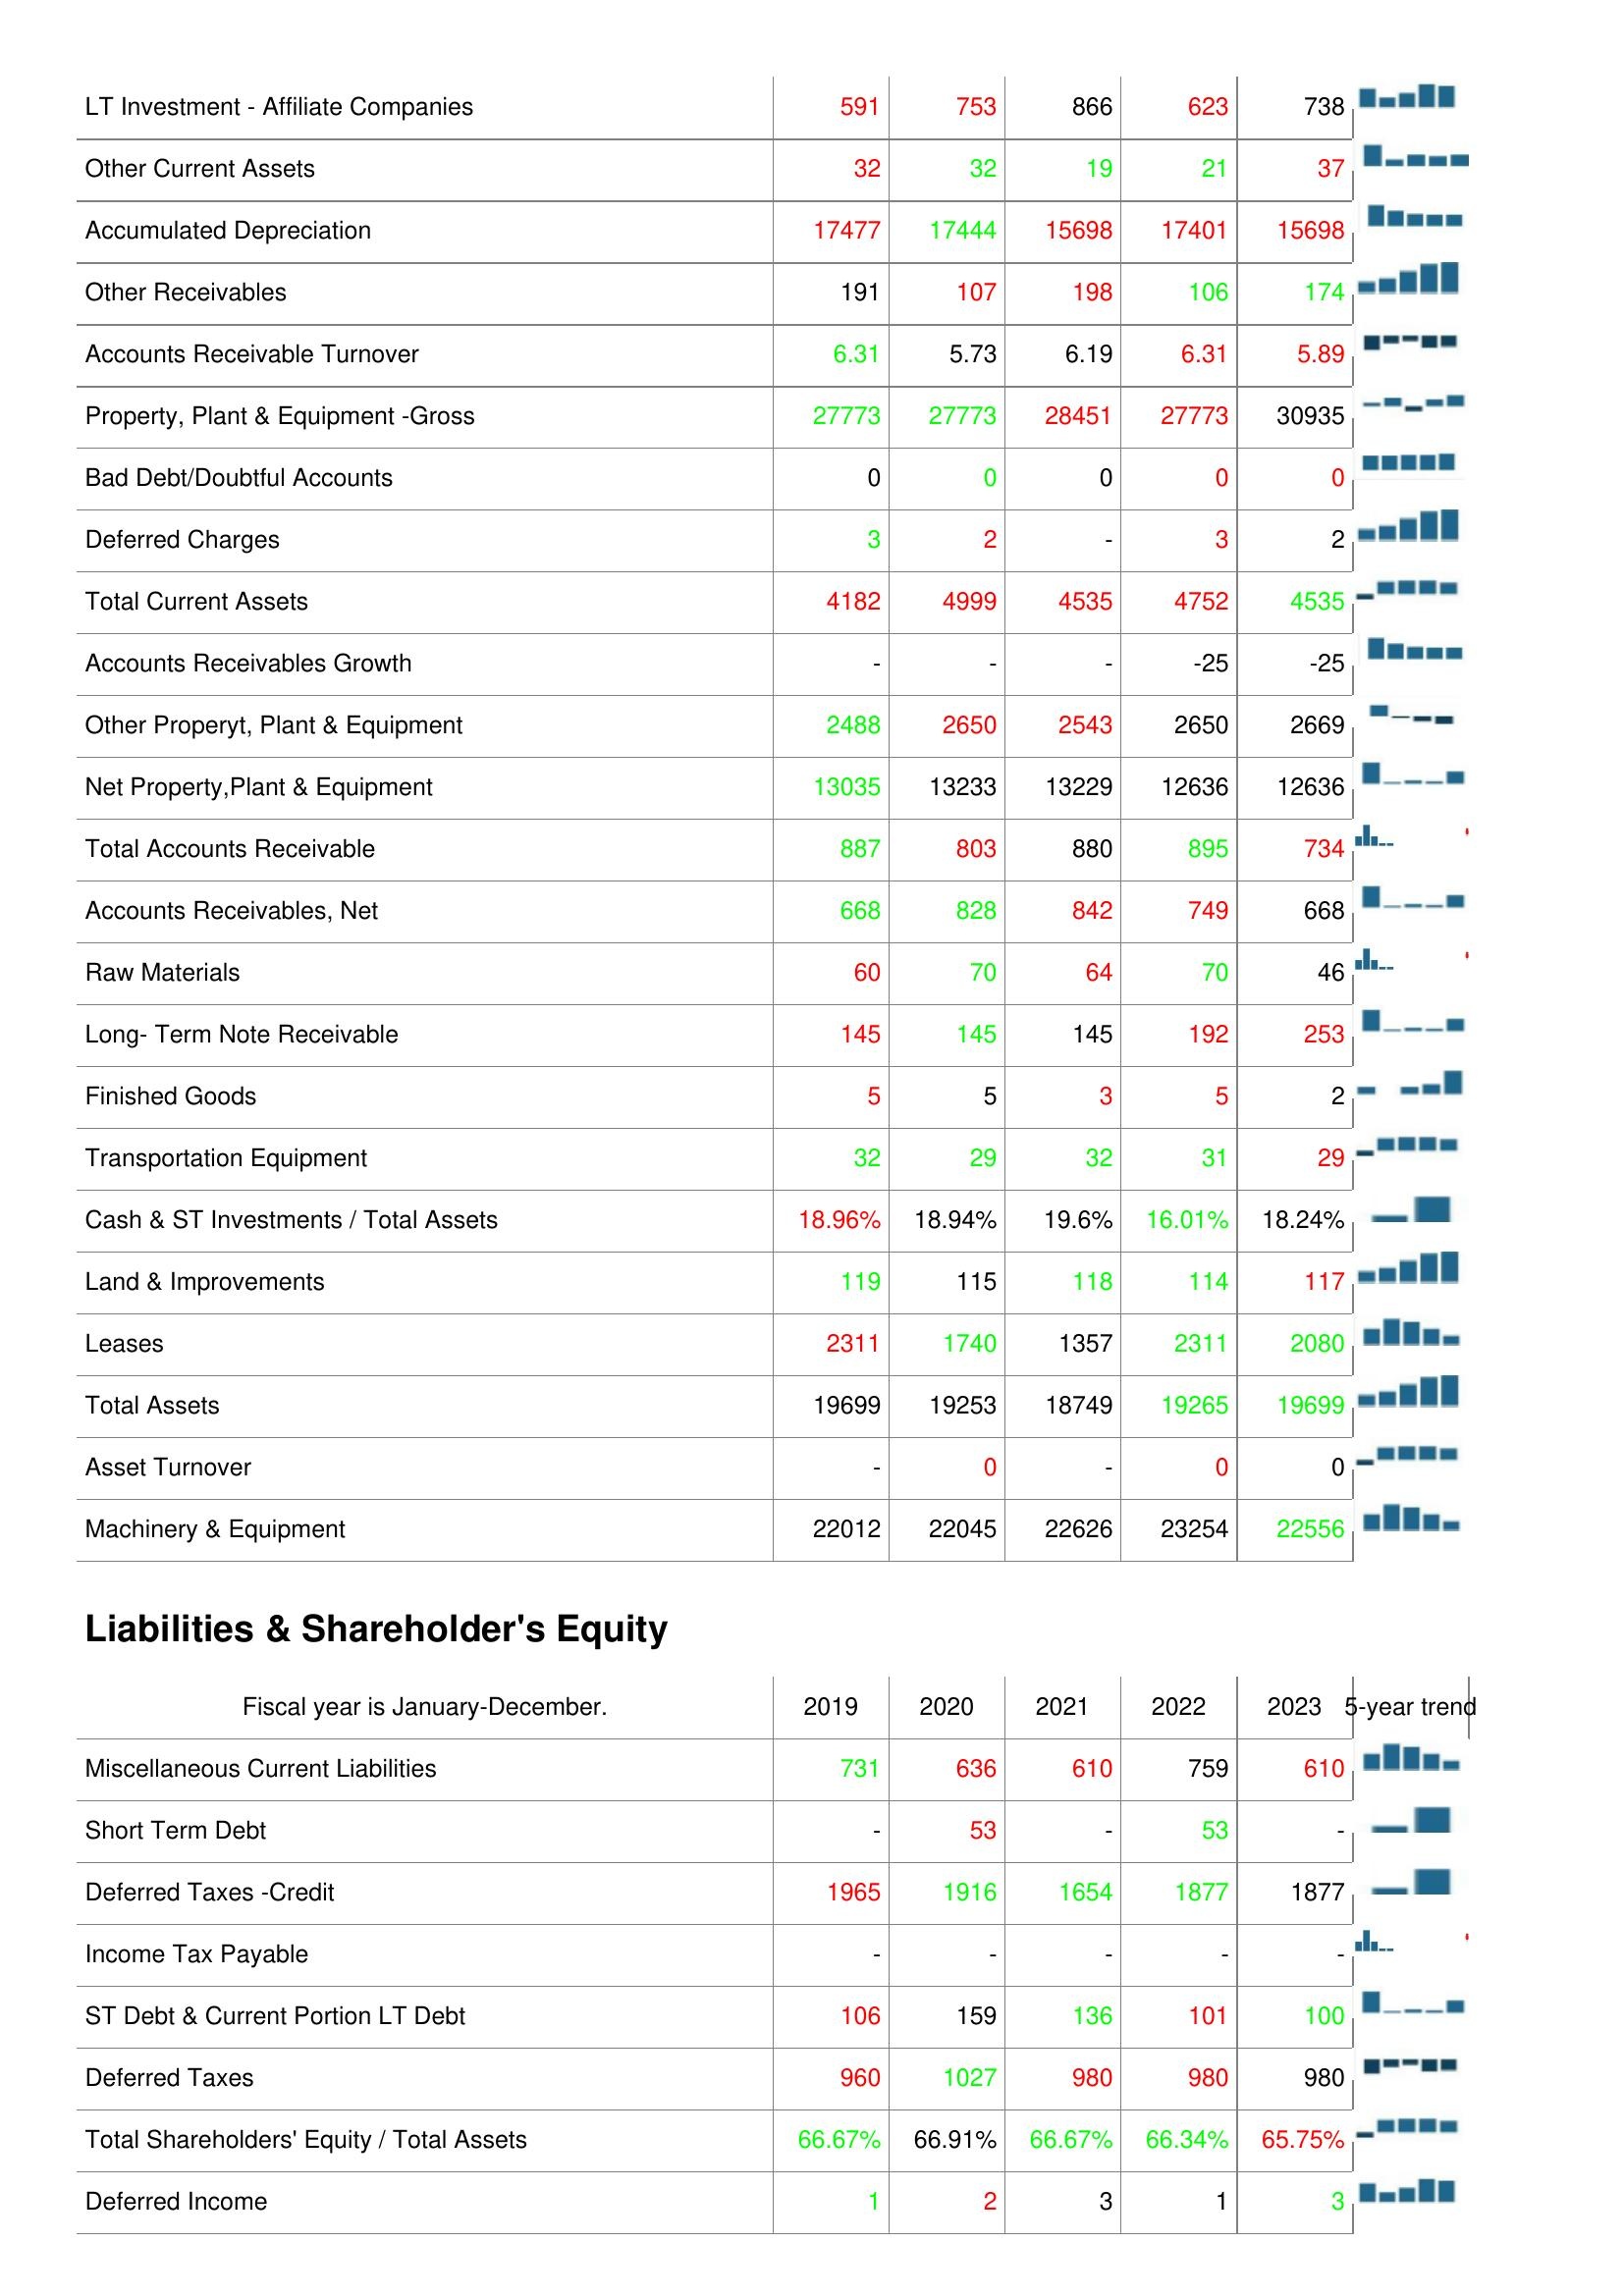
2019: Assets: LT Investment - Affiliate Companies: 591
Other Current Assets: 32
Accumulated Depreciation: 17477
Other Receivables: 191
Accounts Receivable Turnover: 6.31
Property, Plant & Equipment -Gross: 27773
Bad Debt/Doubtful Accounts: 0
Deferred Charges: 3
Total Current Assets: 4182
Accounts Receivables Growth: -
Other Properyt, Plant & Equipment: 2488
Net Property,Plant & Equipment: 13035
Total Accounts Receivable: 887
Accounts Receivables, Net: 668
Raw Materials: 60
Long- Term Note Receivable: 145
Finished Goods: 5
Transportation Equipment: 32
Cash & ST Investments / Total Assets: 18.96%
Land & Improvements: 119
Leases: 2311
Total Assets: 19699
Asset Turnover: -
Machinery & Equipment: 22012
Liabilities & Shareholder's Equity: Miscellaneous Current Liabilities: 731
Short Term Debt: -
Deferred Taxes -Credit: 1965
Income Tax Payable: -
ST Debt & Current Portion LT Debt: 106
Deferred Taxes: 960
Total Shareholders' Equity / Total Assets: 66.67%
Deferred Income: 1
2020: Assets: LT Investment - Affiliate Companies: 753
Other Current Assets: 32
Accumulated Depreciation: 17444
Other Receivables: 107
Accounts Receivable Turnover: 5.73
Property, Plant & Equipment -Gross: 27773
Bad Debt/Doubtful Accounts: 0
Deferred Charges: 2
Total Current Assets: 4999
Accounts Receivables Growth: -
Other Properyt, Plant & Equipment: 2650
Net Property,Plant & Equipment: 13233
Total Accounts Receivable: 803
Accounts Receivables, Net: 828
Raw Materials: 70
Long- Term Note Receivable: 145
Finished Goods: 5
Transportation Equipment: 29
Cash & ST Investments / Total Assets: 18.94%
Land & Improvements: 115
Leases: 1740
Total Assets: 19253
Asset Turnover: 0
Machinery & Equipment: 22045
Liabilities & Shareholder's Equity: Miscellaneous Current Liabilities: 636
Short Term Debt: 53
Deferred Taxes -Credit: 1916
Income Tax Payable: -
ST Debt & Current Portion LT Debt: 159
Deferred Taxes: 1027
Total Shareholders' Equity / Total Assets: 66.91%
Deferred Income: 2
2021: Assets: LT Investment - Affiliate Companies: 866
Other Current Assets: 19
Accumulated Depreciation: 15698
Other Receivables: 198
Accounts Receivable Turnover: 6.19
Property, Plant & Equipment -Gross: 28451
Bad Debt/Doubtful Accounts: 0
Deferred Charges: -
Total Current Assets: 4535
Accounts Receivables Growth: -
Other Properyt, Plant & Equipment: 2543
Net Property,Plant & Equipment: 13229
Total Accounts Receivable: 880
Accounts Receivables, Net: 842
Raw Materials: 64
Long- Term Note Receivable: 145
Finished Goods: 3
Transportation Equipment: 32
Cash & ST Investments / Total Assets: 19.6%
Land & Improvements: 118
Leases: 1357
Total Assets: 18749
Asset Turnover: -
Machinery & Equipment: 22626
Liabilities & Shareholder's Equity: Miscellaneous Current Liabilities: 610
Short Term Debt: -
Deferred Taxes -Credit: 1654
Income Tax Payable: -
ST Debt & Current Portion LT Debt: 136
Deferred Taxes: 980
Total Shareholders' Equity / Total Assets: 66.67%
Deferred Income: 3
2022: Assets: LT Investment - Affiliate Companies: 623
Other Current Assets: 21
Accumulated Depreciation: 17401
Other Receivables: 106
Accounts Receivable Turnover: 6.31
Property, Plant & Equipment -Gross: 27773
Bad Debt/Doubtful Accounts: 0
Deferred Charges: 3
Total Current Assets: 4752
Accounts Receivables Growth: -25
Other Properyt, Plant & Equipment: 2650
Net Property,Plant & Equipment: 12636
Total Accounts Receivable: 895
Accounts Receivables, Net: 749
Raw Materials: 70
Long- Term Note Receivable: 192
Finished Goods: 5
Transportation Equipment: 31
Cash & ST Investments / Total Assets: 16.01%
Land & Improvements: 114
Leases: 2311
Total Assets: 19265
Asset Turnover: 0
Machinery & Equipment: 23254
Liabilities & Shareholder's Equity: Miscellaneous Current Liabilities: 759
Short Term Debt: 53
Deferred Taxes -Credit: 1877
Income Tax Payable: -
ST Debt & Current Portion LT Debt: 101
Deferred Taxes: 980
Total Shareholders' Equity / Total Assets: 66.34%
Deferred Income: 1
2023: Assets: LT Investment - Affiliate Companies: 738
Other Current Assets: 37
Accumulated Depreciation: 15698
Other Receivables: 174
Accounts Receivable Turnover: 5.89
Property, Plant & Equipment -Gross: 30935
Bad Debt/Doubtful Accounts: 0
Deferred Charges: 2
Total Current Assets: 4535
Accounts Receivables Growth: -25
Other Properyt, Plant & Equipment: 2669
Net Property,Plant & Equipment: 12636
Total Accounts Receivable: 734
Accounts Receivables, Net: 668
Raw Materials: 46
Long- Term Note Receivable: 253
Finished Goods: 2
Transportation Equipment: 29
Cash & ST Investments / Total Assets: 18.24%
Land & Improvements: 117
Leases: 2080
Total Assets: 19699
Asset Turnover: 0
Machinery & Equipment: 22556
Liabilities & Shareholder's Equity: Miscellaneous Current Liabilities: 610
Short Term Debt: -
Deferred Taxes -Credit: 1877
Income Tax Payable: -
ST Debt & Current Portion LT Debt: 100
Deferred Taxes: 980
Total Shareholders' Equity / Total Assets: 65.75%
Deferred Income: 3